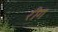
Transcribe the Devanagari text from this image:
रीग